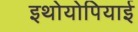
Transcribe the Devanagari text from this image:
इथोयोपियाई